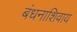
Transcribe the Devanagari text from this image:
बंधनाशिवाय